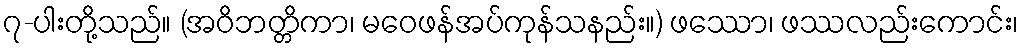
၇-ပါးတို့သည်။ (အဝိဘတ္တိကာ၊ မဝေဖန်အပ်ကုန်သနည်း။) ဖဿော၊ ဖဿလည်းကောင်း၊